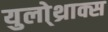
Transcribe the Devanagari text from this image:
युलो्थ्राक्स